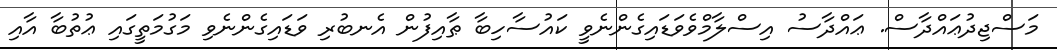
މަސްޖިދުޢައްދާސް. ޢައްދާސު އިސްލާމްވެވަޑައިގެންނެވީ ކައުސާހިބާ ޠާއިފުން އެނބުރި ވަޑައިގެންނެވި މަގުމަތީގައި ޢުތުބާ އާއި